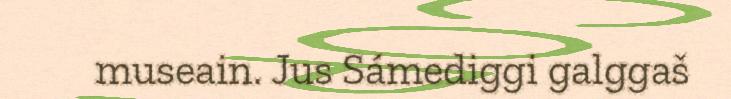
museain. Jus Sámediggi galggaš